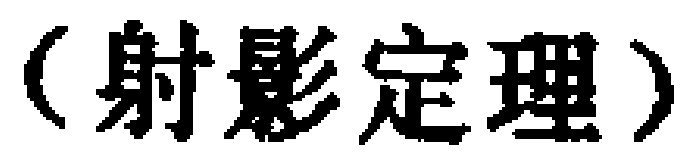
（射影定理）